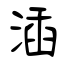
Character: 㴙